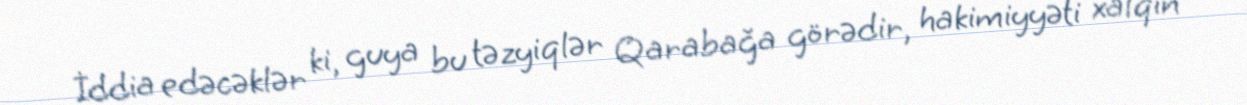
İddia edəcəklər ki, guya bu təzyiqlər Qarabağa görədir, hakimiyyəti xalqın